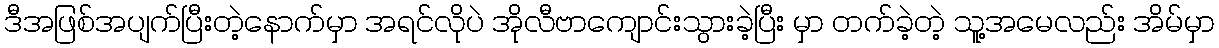
ဒီအဖြစ်အပျက်ပြီးတဲ့နောက်မှာ အရင်လိုပဲ အိုလီဗာကျောင်းသွားခဲ့ပြီး မှာ တက်ခဲ့တဲ့ သူ့အမေလည်း အိမ်မှာ